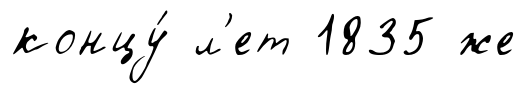
концу́ л'ет 1835 же